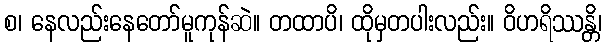
စ၊ နေလည်းနေတော်မူကုန်ဆဲ။ တထာပိ၊ ထိုမှတပါးလည်း။ ဝိဟရိဿန္တိ၊